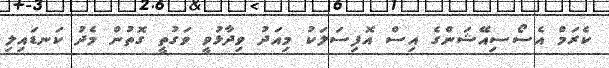
ކެރަމް އެސޯސިއޭޝަންގެ އިސް އޮފިސަލަކު މިއަދު ވިދާޅުވީ ވަގުތީ ގޮތުން މެދު ކަނޑައިލި